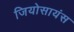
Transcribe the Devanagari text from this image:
जियोसायंस